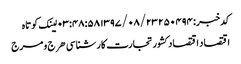
کدخبر: ۲۵۰۴۹۴ ۱۳۹۷/۰۸/۲۳ ۰۳:۴۸:۵۸ لینک کوتاه
اقتصاد اقتصاد کشور تجارت کارشناسی هرج و مرج